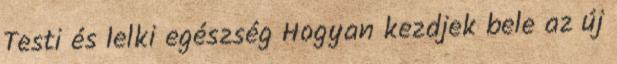
Testi és lelki egészség Hogyan kezdjek bele az új